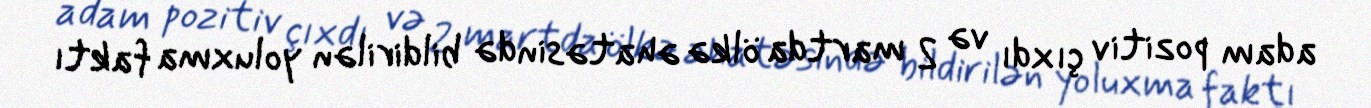
adam pozitiv çıxdı və 2 martda ölkə əhatəsində bildirilən yoluxma faktı